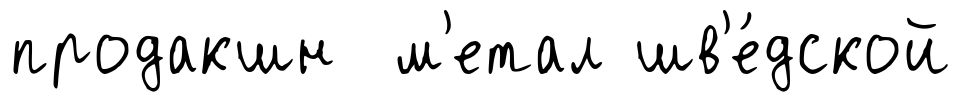
продакшн м'етал шв'е́дской